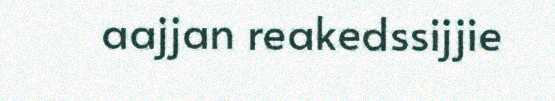
aajjan reakedssijjie